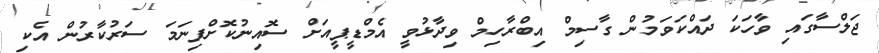
ޖަލްސާގައި ވާހަކަ ދައްކަވަމުން ގާސިމް އިބްރާހިމް ވިދާޅުވީ އެމްޑީޕީއަށް ސޮއިނުކޮށްފިނަމަ ސަރުކާރުން އެކި